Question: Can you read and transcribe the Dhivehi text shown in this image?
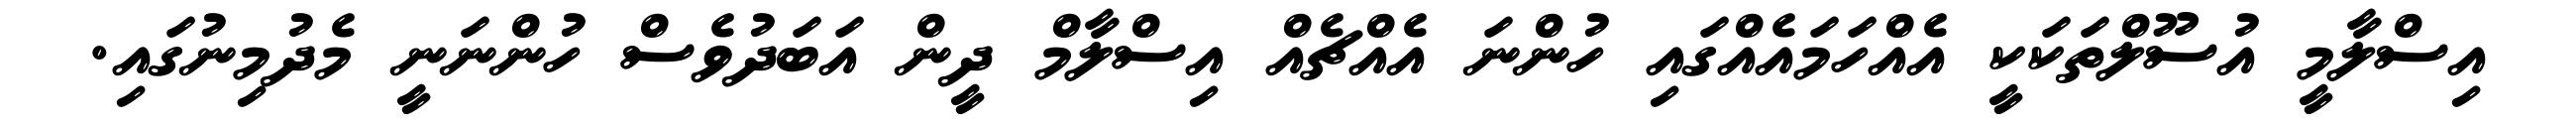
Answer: އިސްލާމީ އުސޫލްތަކަކީ އެއްހަމައެއްގައި ހުންނަ އެއްޗެއް އިސްލާމް ދީން އަބަދުވެސް ހުންނަނީ މެދުމިނުގައި.